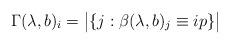
LaTeX: \begin{align*}\Gamma(\lambda,b)_i=\big|\{j:\beta(\lambda,b)_j\equiv ip\}\big|\end{align*}